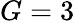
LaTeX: G=3